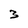
Character: 3